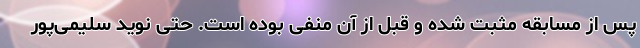
پس از مسابقه مثبت شده و قبل از آن منفی بوده است. حتی نوید سلیمی‌پور